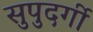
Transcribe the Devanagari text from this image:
सुपुदर्गी